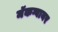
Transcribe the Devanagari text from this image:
मॅकग्वायर